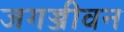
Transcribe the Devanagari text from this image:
जगज्जीवन